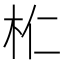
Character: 𣏴